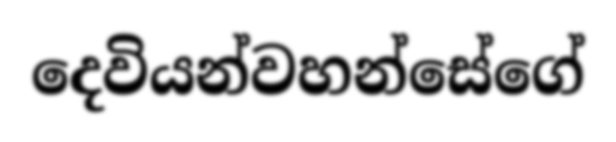
දෙවියන්වහන්සේගේ